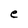
Character: e